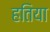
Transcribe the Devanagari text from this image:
हतिया